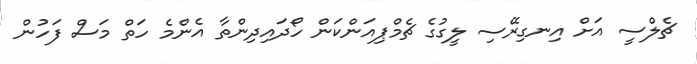
ޗެލްސީ އަށް އިނގިރޭސި ލީގުގެ ޗެމްޕިއަންކަން ހޯދައިދިންތާ އެންމެ ހަތް މަސް ފަހުން